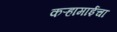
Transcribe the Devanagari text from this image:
कऱ्हामाईचा